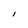
Character: I